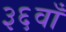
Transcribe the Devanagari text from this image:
३६वाँ